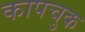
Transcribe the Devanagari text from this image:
कापचुक